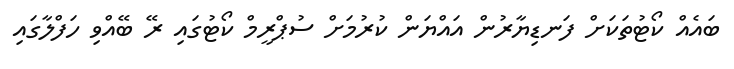
ބައެއް ކޯޓުތަކަށް ފަނޑިޔާރުން އައްޔަން ކުރުމަށް ސުޕްރީމް ކޯޓުގައި ރޭ ބޭއްވި ހަފްލާގައި